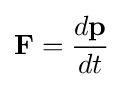
\mathbf {F} ={\frac {d\mathbf {p} }{dt}}